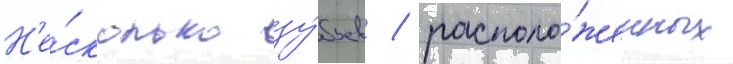
Н'е́сколько зу́бьев / располо́женных